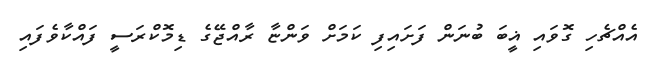
އެއްޗެހި ގޮވައި ޣީބަ ބުނަން ފަށައިފި ކަމަށް ވަންޏާ ރާއްޖޭގެ ޑިމޮކްރަސީ ފައްކާވެފައި